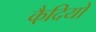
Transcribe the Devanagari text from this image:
कै़दियों